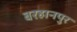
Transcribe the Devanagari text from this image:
बरहानपुर